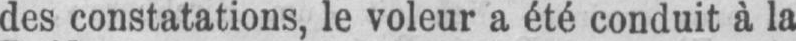
des constatations, le voleur a été conduit à la